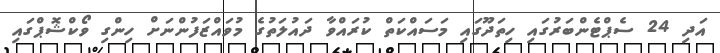
އަދި 24 ސެޕްޓެންބަރުގައި ހިތަދޫގައި މަސައްކަތް ކުރައްވާ ދައުލަތުގެ މުވައްޒަފުންނަށް ހިންގި ވޯކްޝޮޕްގައި